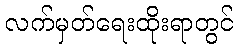
လက်မှတ်ရေးထိုးရာတွင်